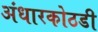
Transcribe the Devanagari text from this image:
अंधारकोठडी